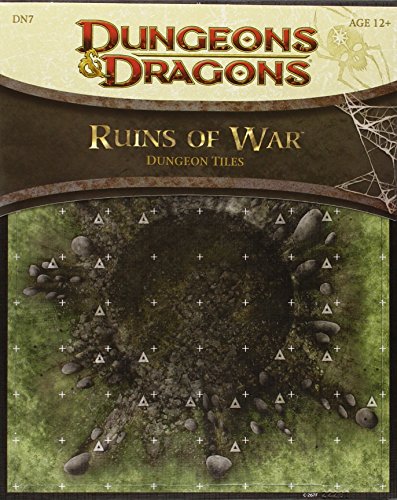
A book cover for Ruins of War - Dungeon Tiles: A Dungeons & Dragons Accessory; Wizards RPG Team; Science Fiction & Fantasy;